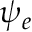
\psi _ { e }